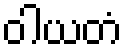
ဝါယတံ